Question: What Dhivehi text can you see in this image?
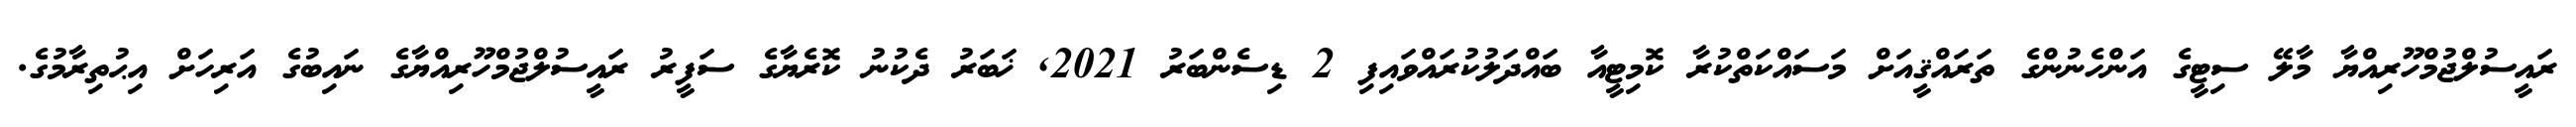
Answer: ރައީސުލްޖުމްހޫރިއްޔާ މާލޭ ސިޓީގެ އަންހެނުންގެ ތަރައްޤީއަށް މަސައްކަތްކުރާ ކޮމިޓީއާ ބައްދަލުކުރައްވައިފި 2 ޑިސެންބަރު 2021, ޚަބަރު ދެކުނު ކޮރެޔާގެ ސަފީރު ރައީސުލްޖުމްހޫރިއްޔާގެ ނައިބުގެ އަރިހަށް އިޙުތިރާމުގެ.